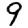
Digit: 9